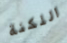
اللكنة